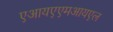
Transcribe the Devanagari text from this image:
एआयएएमआयएल